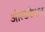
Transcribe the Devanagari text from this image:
ओल्डकैशल